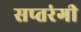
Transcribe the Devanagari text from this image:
सप्‍तरंगी